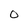
Character: O